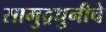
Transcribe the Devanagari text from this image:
सामुद्रधुनीचे